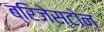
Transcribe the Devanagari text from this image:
ब्रिजेस्टोन